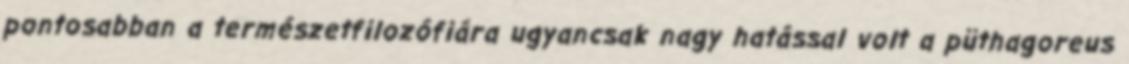
pontosabban a természetfilozófiára ugyancsak nagy hatással volt a püthagoreus